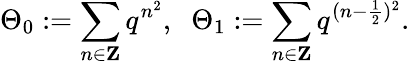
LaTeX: \Theta_{0}:=\sum_{n\in{\mathbf Z}}q^{n^{2}},\; \; \Theta_{1}:=\sum_{n\in{\mathbf Z}}q^{(n-\frac{1}{2})^{2}}.